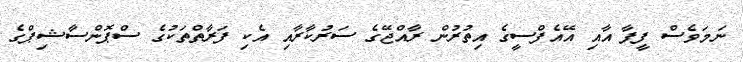
ނަމަވެސް ފީފާ އާއި އޭއެފްސީގެ އިތުރުން ރާއްޖޭގެ ސަރުކާރާއި އެކި ފަރާތްތަކުގެ ސްޕޮންސާޝިޕްގެ